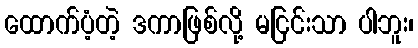
ထောက်ပံ့တဲ့ ဒကာဖြစ်လို့ မငြင်းသာ ပါဘူး၊